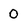
Character: 0